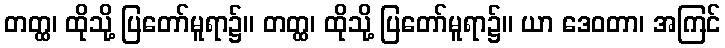
တတ္ထ၊ ထိုသို့ ပြတော်မူရာ၌။ တတ္ထ၊ ထိုသို့ ပြတော်မူရာ၌။ ယာ ဒေဝတာ၊ အကြင်